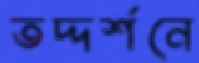
তদ্দর্শনে